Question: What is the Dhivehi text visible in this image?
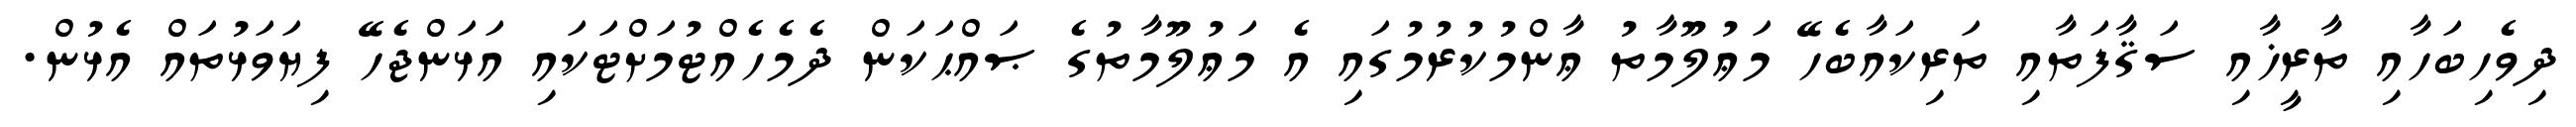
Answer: ދިވެހިބަހާއި ތާރީޚާއި ސަޤާފަތާއި ތަރިކައާބެހޭ މަޢުލޫމާތު ޢާންމުކުރުމުގައި އެ މަޢުލޫމާތުގެ ޞައްޙަކަން ދެމެހެއްޓުމަށްޓަކައި އަޅަންޖެހޭ ފިޔަވަޅުތައް އެޅުން.